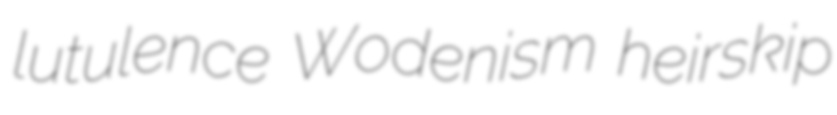
lutulence Wodenism heirskip